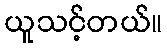
ယူသင့်တယ်။